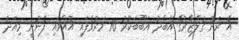
އެ ރަށު ގުލްޒާރުގޭ އަބްދު އަބޫބަކުރު 70 މަރުވެފައި އޮއްވައި ފެނުނީ މިއަދު